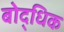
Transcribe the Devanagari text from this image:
बोद्धिक